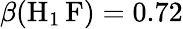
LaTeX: \beta(\mathrm{H}_{1}\, \mathrm{F})=0.72